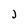
Character: J